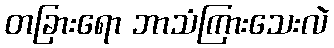
တခြားရော ဘာသံကြားသေးလဲ